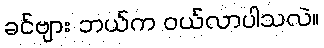
ခင်ဗျား ဘယ်က ဝယ်လာပါသလဲ။